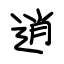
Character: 逍